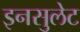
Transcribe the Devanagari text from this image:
इनसुलेट